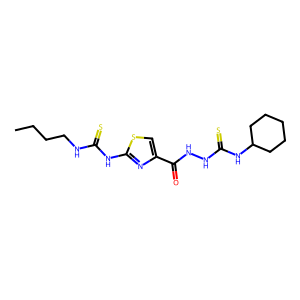
SMILES: CCCCNC(=S)Nc1nc(C(=O)NNC(=S)NC2CCCCC2)cs1
Inhibits HIV replication: No